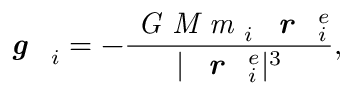
\textbf { \textit { g } } _ { i } = - \frac { \textit { G M m } _ { i } \textbf { \textit { r } } _ { i } ^ { e } } { \lvert \textbf { \textit { r } } _ { i } ^ { e } \rvert ^ { 3 } } ,